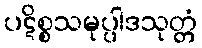
ပဋိစ္စသမုပ္ပါဒသုတ္တံ